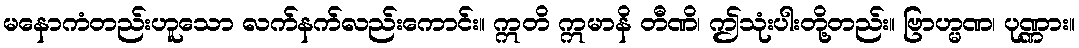
မနောကံတည်းဟူသော လက်နက်လည်းကောင်း။ ဣတိ ဣမာနိ တီဏိ၊ ဤသုံးပါးတို့တည်း။ ဗြာဟ္မဏ၊ ပုဏ္ဏား။